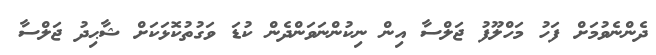
ދެންނެވުމަށް ފަހު މަހްލޫފު ޖަލްސާ އިން ނިކުންނަވަންދެން ކުޑަ ވަގުތުކޮޅަކަށް ޝާޙިދު ޖަލްސާ